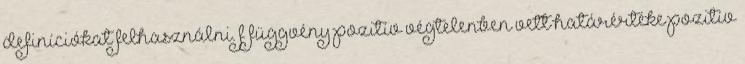
definíciókat felhasználni. f függvény pozitív végtelenben vett határértéke pozitív